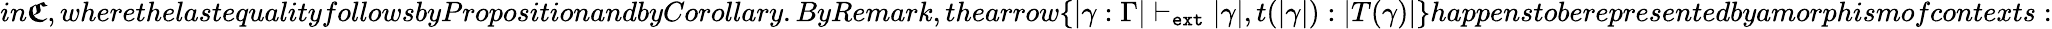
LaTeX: in\boldsymbol{\mathfrak{C}},wherethelastequalityfollowsbyPropositionandbyCorollary.ByRemark,thearrow\{ |\gamma:\Gamma|\; {\vdash}_{\textnormal{\texttt{ext}}}\; |\gamma|,t(|\gamma|):|T(\gamma)|\} happenstoberepresentedbyamorphismofcontexts: